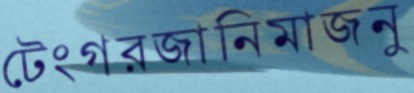
টেংগরজানিমাজনু